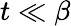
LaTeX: t\ll\beta